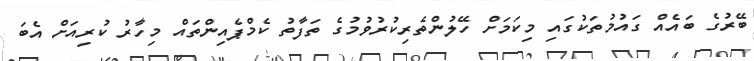
ބޭރުގެ ބައެއް ގައުމުތަކުގައި މިކަމަށް ހޭލުންތެރިކުރުވުމުގެ ތަފާތު ކެމްޕެއިންތައް މިހާރު ކުރިއަށް އެބަ